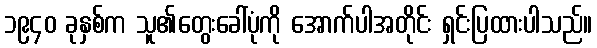
၁၉၄၀ ခုနှစ်က သူ၏တွေးခေါ်ပုံကို အောက်ပါအတိုင်း ရှင်းပြထားပါသည်။